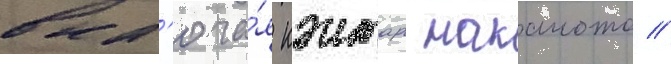
вкл'юча́я кэнтаро накамото /